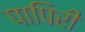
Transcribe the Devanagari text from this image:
पापिरी